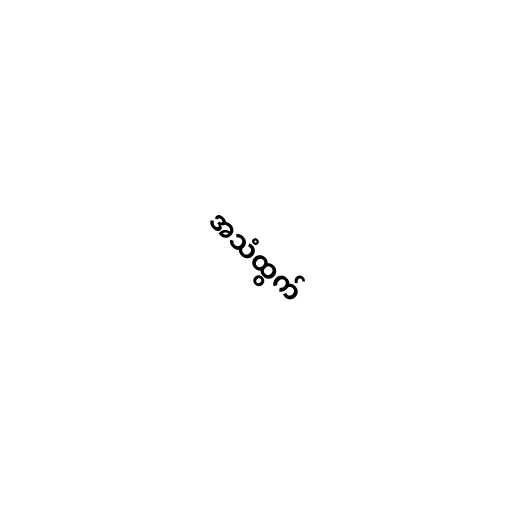
အသံထွက်